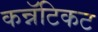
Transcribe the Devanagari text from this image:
कन्नॅटिकट